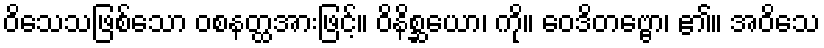
ဝိသေသဖြစ်သော ဝစနတ္ထအားဖြင့်။ ဝိနိစ္ဆယော၊ ကို။ ဝေဒိတဗ္ဗော၊ ၏။ အဝိသေ